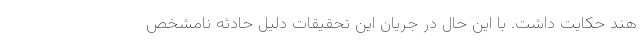
هند حکایت داشت. با این حال در جریان این تحقیقات دلیل حادثه نامشخص